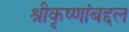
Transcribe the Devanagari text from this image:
श्रीकृष्णांबद्दल